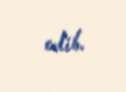
edib.